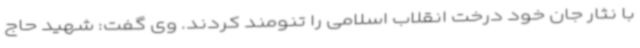
با نثار جان خود درخت انقلاب اسلامی را تنومند کردند. وی گفت: شهید حاج